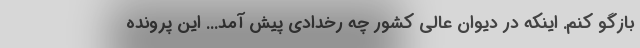
بازگو کنم. اینکه در دیوان عالی کشور چه رخدادی پیش آمد... این پرونده